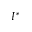
I ^ { * }